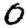
Digit: 0